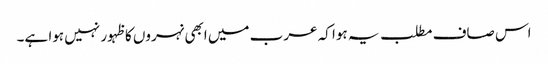
اس صاف مطلب یہ ہوا کہ عرب میں ابھی نہروں کا ظہور نہیں ہوا ہے۔